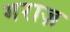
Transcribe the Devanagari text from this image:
गराज़